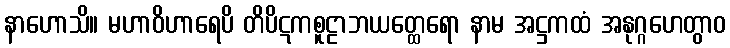
နာဟောသိ။ မဟာဝိဟာရေပိ တိပိဋကစူဠာဘယတ္ထေရော နာမ အဋ္ဌကထံ အနုဂ္ဂဟေတွာဝ